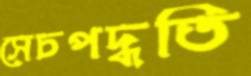
সেচপদ্ধতি